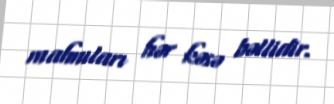
mahnıları hər kəsə bəllidir.